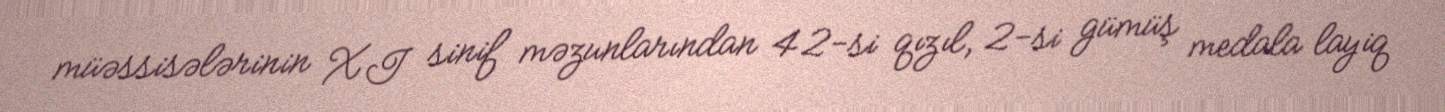
müəssisələrinin XI sinif məzunlarından 42-si qızıl, 2-si gümüş medala layiq